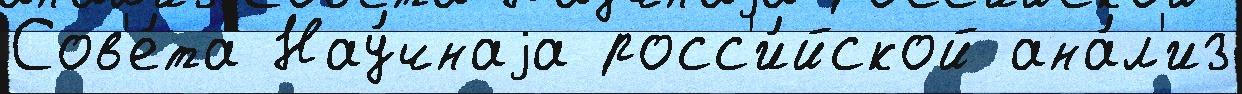
Сов'е́та Нау́чнаjа росс'и́йской ана́л'из